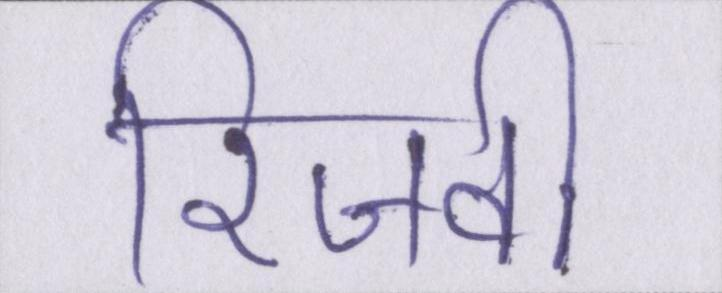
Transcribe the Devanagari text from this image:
रिजवी